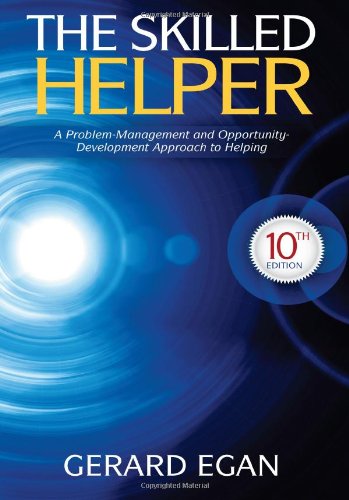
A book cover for The Skilled Helper: A Problem-Management and Opportunity-Development Approach to Helping (HSE 123 Interviewing Techniques); Gerard Egan; Education & Teaching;